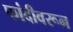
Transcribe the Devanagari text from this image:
फांदीवरून